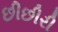
છીછીરી